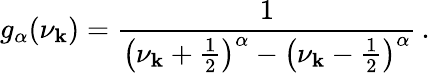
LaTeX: g_{\alpha}(\nu_{\mathbf{k}})=\frac{{1}}{{\left(\nu_{\mathbf{k}}+\frac{{1}}{{2}}\right)^{\alpha}-\left(\nu_{\mathbf{k}}-\frac{{1}}{{2}}\right)^{\alpha}}}\, .